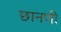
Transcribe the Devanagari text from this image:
छानणी